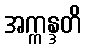
အက္ကန္ဒတိ